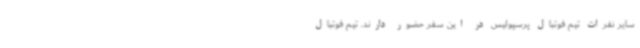
سایر نفرات تیم فوتبال پرسپولیس در این سفر حضور دارند. تیم فوتبال